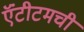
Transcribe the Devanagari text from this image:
ऍंटीटमची